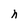
Character: h